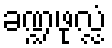
ခဏ္ဍဖုလ္လံ